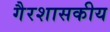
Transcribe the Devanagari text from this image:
गैरशासकीय